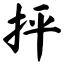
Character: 抨